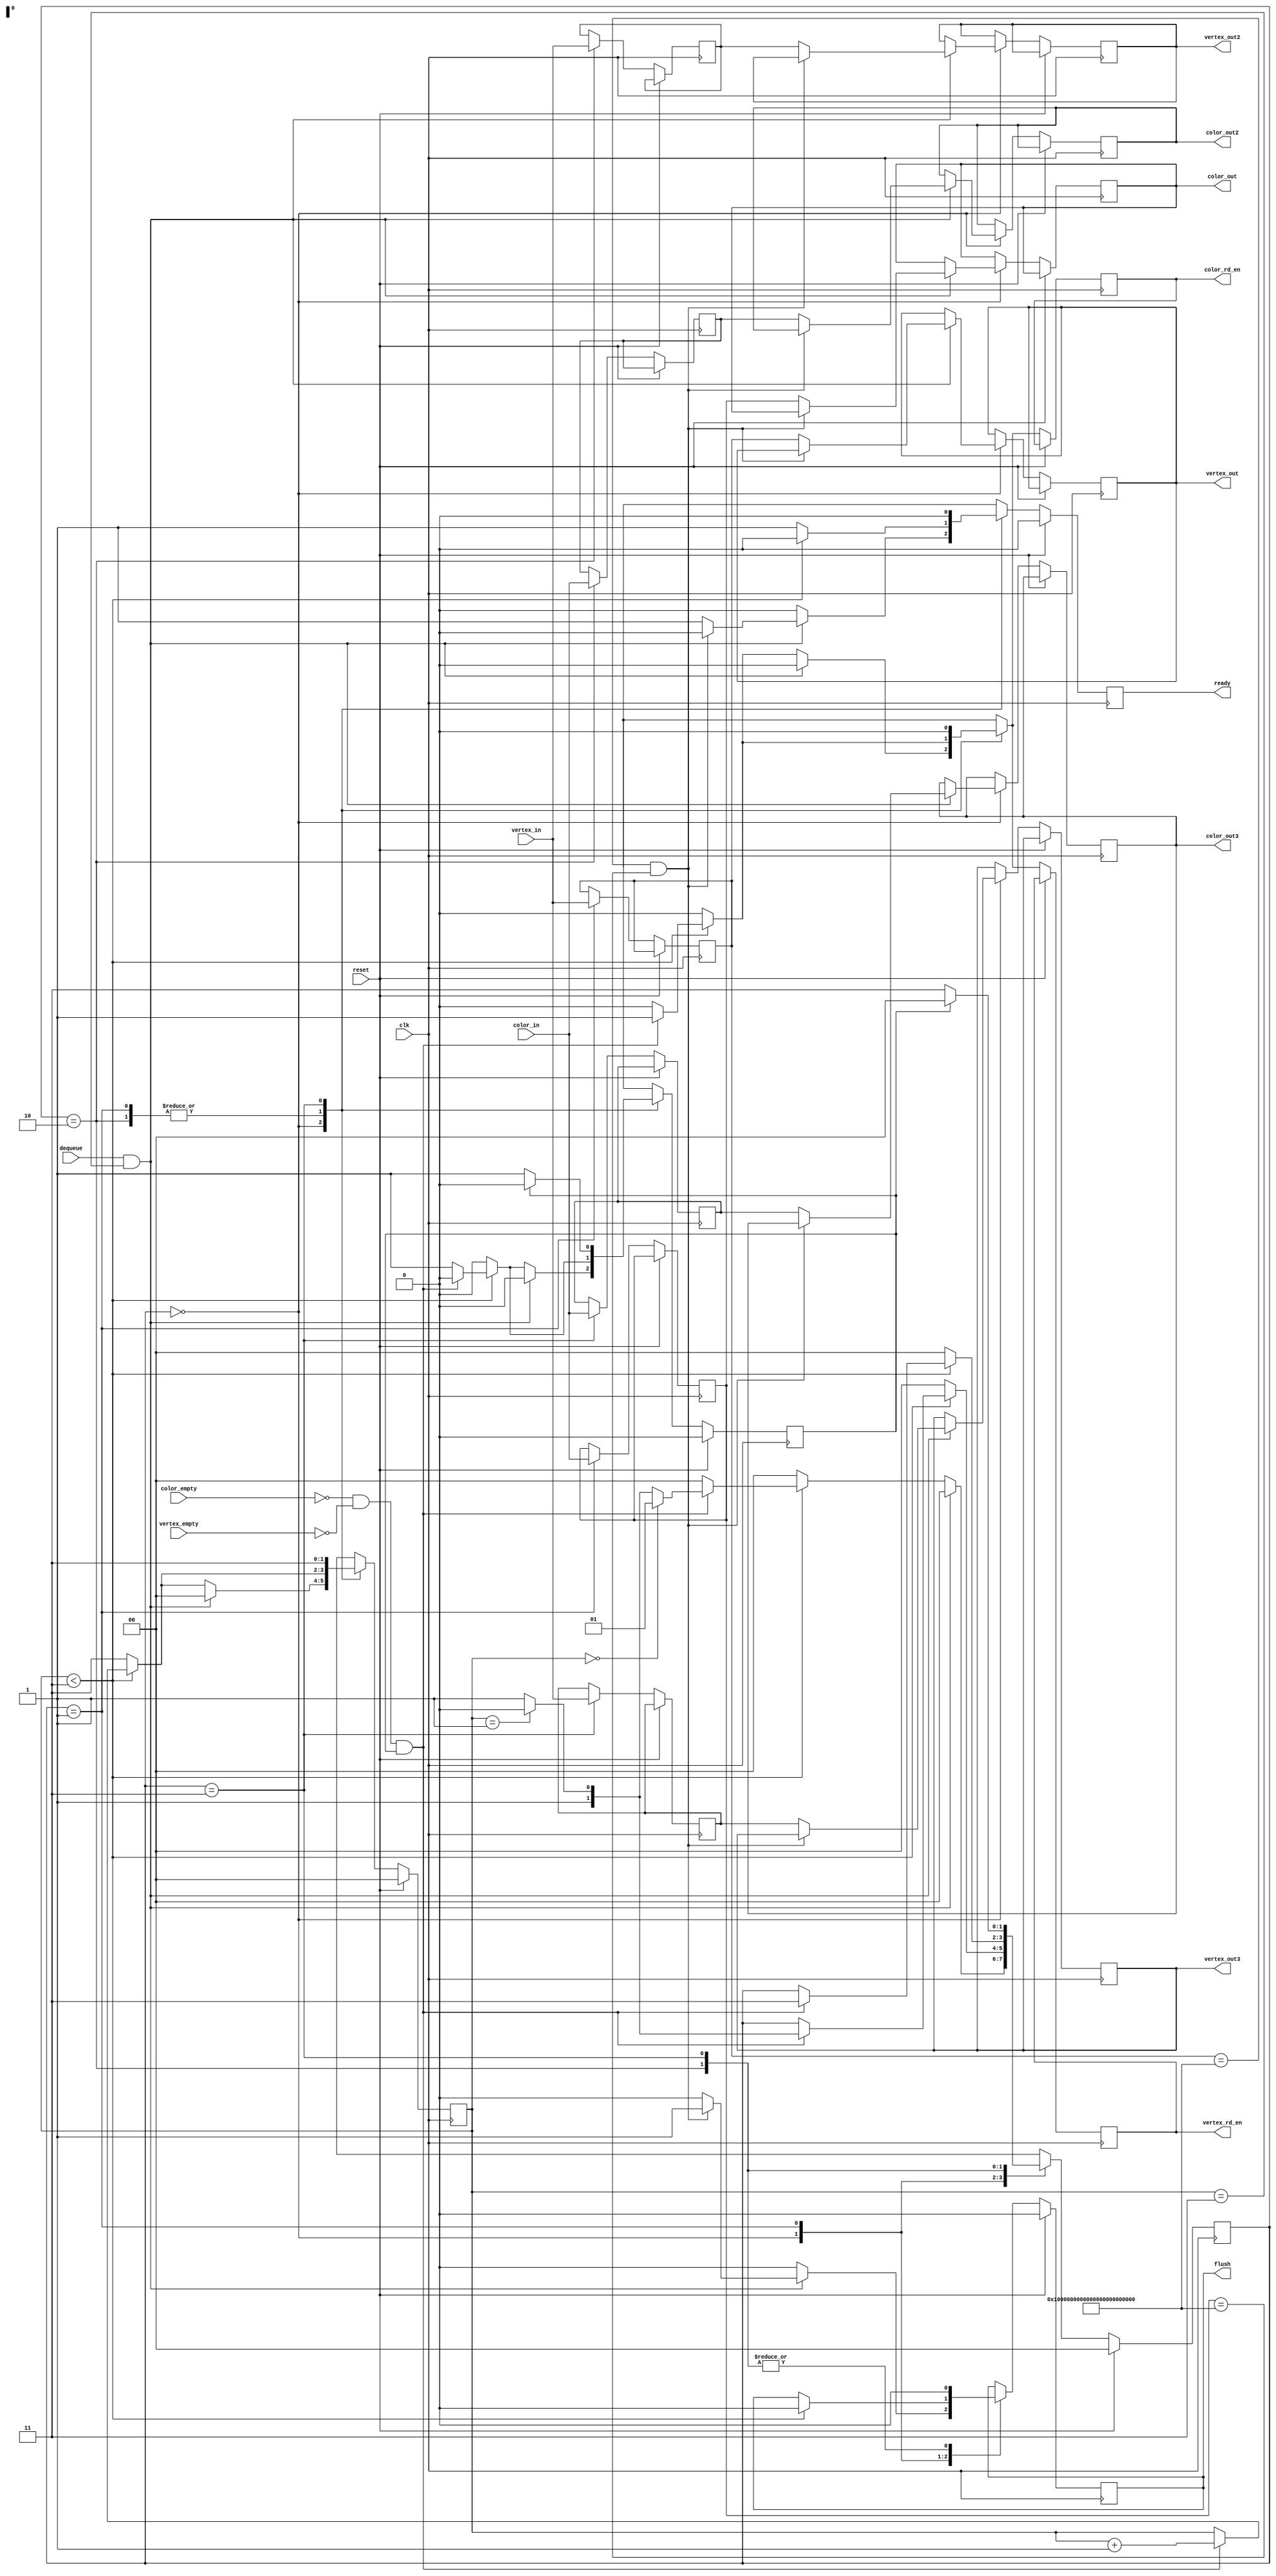
            `timescale 1ns / 1ps
//////////////////////////////////////////////////////////////////////////////////
// Company: 
// Engineer: 
// 
// Design Name: 
// Module Name:    fifo_reg 
// Project Name: 
// Target Devices: 
// Tool versions: 
// Description: 
//
// Dependencies: 
//
// Revision: 
// Revision 0.01 - File Created
// Additional Comments: 
//
//////////////////////////////////////////////////////////////////////////////////
module fifo_reg( clk, reset, color_empty, vertex_empty, dequeue, flush,
                 vertex_in, color_in, vertex_out, vertex_out2, vertex_out3,
                 color_out, color_out2, color_out3, 
                 vertex_rd_en, color_rd_en, ready );

  input             clk;
  input             color_empty;
  input             vertex_empty;
  input             dequeue;
  input             reset;
  input [95:0]      vertex_in;
  input [95:0]      color_in;

  output reg        vertex_rd_en;
  output reg        color_rd_en;
  output reg        flush;
  output reg        ready;
    
  output reg [95:0] vertex_out;
  output reg [95:0] vertex_out2;
  output reg [95:0] vertex_out3;
  output reg [95:0] color_out;
  output reg [95:0] color_out2;
  output reg [95:0] color_out3;

  reg [95:0] vertex_next;
  reg [95:0] vertex_next2;
  reg [95:0] vertex_next3;
  reg [95:0] color_next;
  reg [95:0] color_next2;
  reg [95:0] color_next3;

  reg [1:0]         count;
  reg [1:0]         state;
  reg               hack;
  
  initial 
  begin
    count <= 0;
    state <= 0;
    hack  <= 0;
    flush <= 0;
    ready <= 0;
  end
 
  always @ (posedge clk)
    begin
      if (reset) 
        begin
        state <= 0;
        count <= 0;
        hack <= 0;
        ready <= 0;
        flush <= 0;
        end
      else
        begin
        case (state)
        0:
        begin
        if (dequeue == 1 && count == 3)
          begin
          state <= 0;
          vertex_rd_en <= 0;
          color_rd_en <= 0;
          hack <= 0;
          count <= 0;
          if (vertex_next == 96'hFFFFFFFF_FFFFFFFF_FFFFFFFF && color_next == 96'hFFFFFFFF_FFFFFFFF_FFFFFFFF)
            begin
            flush <= 1;
            ready <= 0;
            vertex_next <= vertex_next;
            vertex_next2 <= vertex_next2;
            vertex_next3 <= vertex_next3;
            color_next <= color_next;
            color_next2 <= color_next2;
            color_next3 <= color_next3; 
            end
          else
            begin
              ready <= 1;
              flush <= 0;
              vertex_out <= vertex_next;
              vertex_out2 <= vertex_next2;
              vertex_out3 <= vertex_next3;
              color_out <= color_next;
              color_out2 <= color_next2;
              color_out3 <= color_next3;
            end
          end
        else if (count < 3)
          begin
          flush <= 0;
          ready <= 0;
          vertex_next <= vertex_next;
          vertex_next2 <= vertex_next2;
          vertex_next3 <= vertex_next3;
          color_next <= color_next;
          color_next2 <= color_next2;
          color_next3 <= color_next3;
          if (color_empty == 0 && vertex_empty == 0 && hack == 1)
            begin
            count <= count+1;
            vertex_rd_en <= 1;
            color_rd_en <= 1;
            hack <= 0;
            if (count == 0)
              begin
              state <= 1;
              end
            else if (count == 1)
              begin
              state <= 2;
              end
            else
              begin
              state <= 3;
              end
            end
          else 
            begin
            hack <= 1;
            count <= count;
            state <= 0;
            vertex_rd_en <= 0;
            color_rd_en <= 0;
            ready <= 0;
            end
          end
        else
          begin
          flush <= 0;
          ready <= 0;
          count <= 3;
          state <= 0;
          vertex_rd_en <= 0;
          color_rd_en <= 0;
          vertex_next <= vertex_next;
          vertex_next2 <= vertex_next2;
          vertex_next3 <= vertex_next3;
          color_next <= color_next;
          color_next2 <= color_next2;
          color_next3 <= color_next3;
          hack <= 0;
          end
        end
      1:
        begin
        if (count < 3)
          begin
          vertex_next <= vertex_in;
          color_next <= color_in;
          vertex_next2 <= vertex_next2;
          vertex_next3 <= vertex_next3;
          color_next2 <= color_next2;
          color_next3 <= color_next3;       
          flush <= 0;
          ready <= 0;
          if (color_empty == 0 && vertex_empty == 0 && hack == 1)
            begin
            count <= count+1;
            vertex_rd_en <= 1;
            color_rd_en <= 1;
            hack <= 0;
            if (count == 1)
              begin
              state <= 2;
              end
            else
              begin 
              state <= 3;
              end
            end
          else
            begin
            count <= count;
            state <= state;
            vertex_rd_en <= 0;
            color_rd_en <= 0;
            hack <= 1;
            end
          end
        else
          begin
          vertex_next <= vertex_in;
          color_next <= color_in;
          vertex_next2 <= vertex_next2;
          vertex_next3 <= vertex_next3;
          color_next2 <= color_next2;
          color_next3 <= color_next3;
          ready <= 1;
          count <= 3;
          state <= 0;
          vertex_rd_en <= 0;
          color_rd_en <= 0;
          hack <= 0;
          end
        end 
	    2: 
        begin
        flush <= 0;
        vertex_next2 <= vertex_in;
        color_next2 <= color_in;
        vertex_next <= vertex_next;
        vertex_next3 <= vertex_next3;
        color_next <= color_next;
        color_next3 <= color_next3;
        if (count < 3)
          begin
          ready <= 0;
          if (color_empty == 0 && vertex_empty == 0 && hack == 1)
            begin
            state <= 3;
            count <= count+1;
            color_rd_en <= 1;
            vertex_rd_en <= 1;
            hack <= 0;
            end
          else
            begin
            state <= state;
            count <= count;
            vertex_rd_en <= 0;
            color_rd_en <= 0;
            hack <= 1;
            end
          end
        else
          begin
          ready <= 1;
          count <= 3;
          state <= 0;
          vertex_rd_en <= 0;
          color_rd_en <= 0;
          hack <= 0;
          end
        end
      3:
        begin
        flush <= 0;
        vertex_next3 <= vertex_in;
        color_next3 <= color_in;
        vertex_next <= vertex_next;
        vertex_next2 <= vertex_next2;
        color_next <= color_next;
        color_next2 <= color_next2;
        count <= 3;
        vertex_rd_en <= 0;
        color_rd_en <= 0;
        ready <= 0;
        if (hack == 1)
          begin
          hack <= 0;
          state <= 0;
          end
        else
          begin
          state <= 3;
          hack <= 1;
          end
        end
      endcase
      end
  end	
endmodule